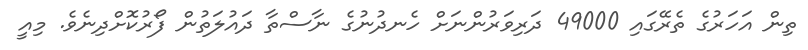
ތިން އަހަރުގެ ތެރޭގައި 49000 ދަރިވަރުންނަށް ހެނދުނުގެ ނާސްތާ ދައުލަތުން ފޯރުކޮށްދިނެވެ. މިއީ